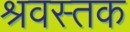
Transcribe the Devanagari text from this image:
श्रवस्तक